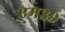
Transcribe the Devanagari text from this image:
एम३९